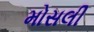
મોસલી